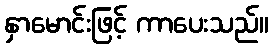
နှာမောင်းဖြင့် ကာပေးသည်။